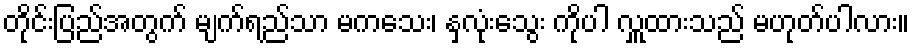
တိုင်းပြည်အတွက် မျက်ရည်သာ မကသေး၊ နှလုံးသွေး ကိုပါ လှူထားသည် မဟုတ်ပါလား။